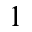
1